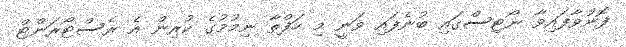
ފޮނުވާފައިވާ ނޯޓިސްގައި ބުނެފައި ވަނީ މި ހަފްތާ ނިމުމުގެ ކުރިން އެ ރެސްޓޯރަންޓް